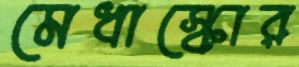
মেধাস্কোর